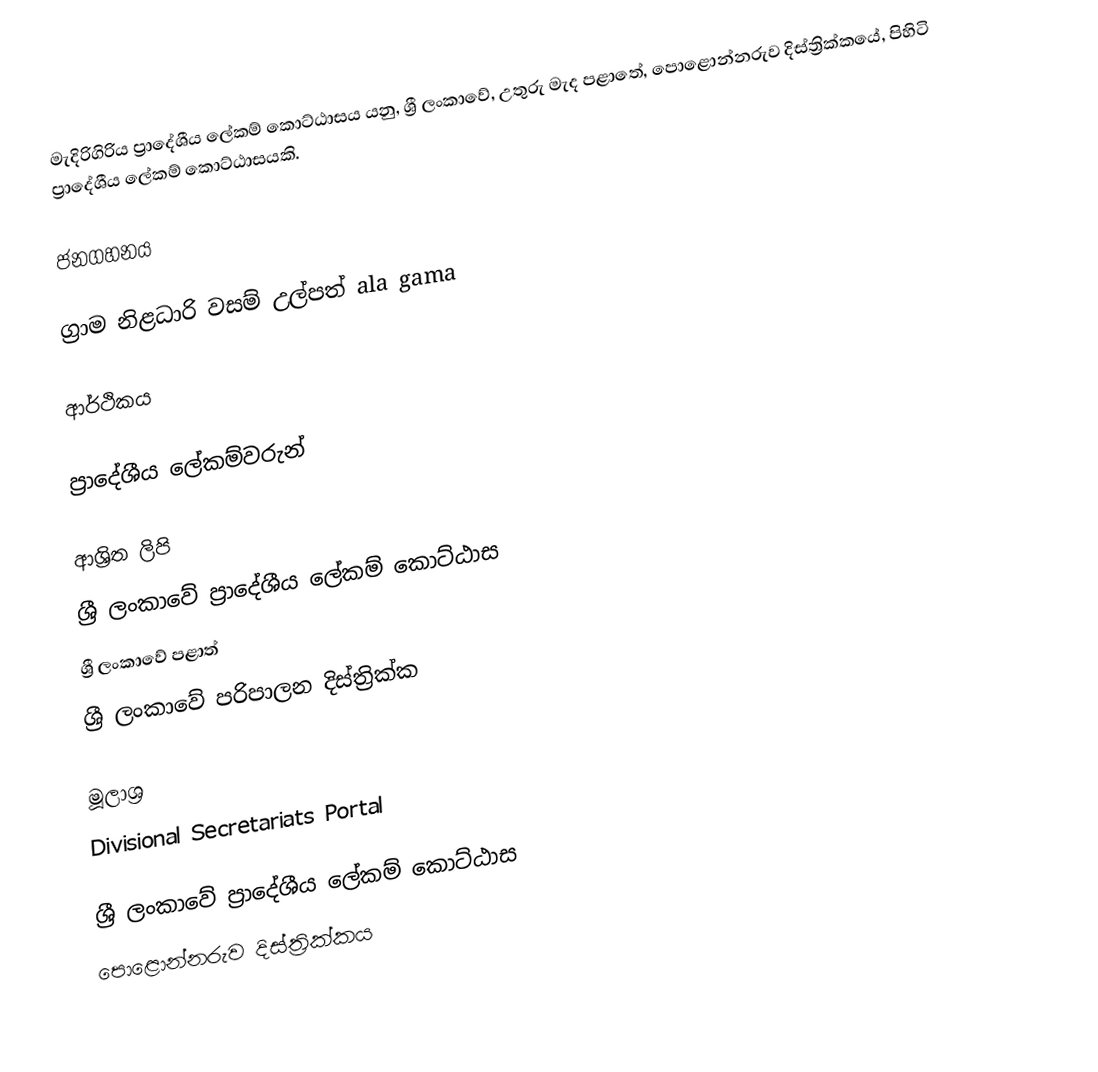
මැදිරිගිරිය ප්‍රාදේශීය ලේකම් කොට්ඨාසය යනු,  ශ්‍රී ලංකාවේ,  උතුරු මැද පළාතේ,   පොළොන්නරුව දිස්ත්‍රික්කයේ, පිහිටි ප්‍රාදේශීය ලේකම් කොට්ඨාසයකි.

ජනගහනය

ග්‍රාම නිළධාරි වසම් උල්පත් ala gama

ආර්ථිකය

ප්‍රාදේශීය ලේකම්වරුන්

ආශ්‍රිත ලිපි
ශ්‍රී ලංකාවේ ප්‍රාදේශීය ලේකම් කොට්ඨාස
ශ්‍රී ලංකාවේ පළාත්
ශ්‍රී ලංකාවේ පරිපාලන දිස්ත්‍රික්ක

මූලාශ්‍ර
 Divisional Secretariats Portal

ශ්‍රී ලංකාවේ ප්‍රාදේශීය ලේකම් කොට්ඨාස
පොළොන්නරුව දිස්ත්‍රික්කය